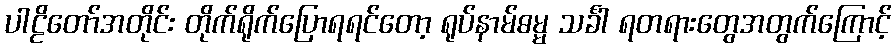
ပါဠိတော်အတိုင်း တိုက်ရိုက်ပြောရရင်တော့ ရုပ်နာမ်ဓမ္မ သင်္ခါ ရတရားတွေအတွက်ကြောင့်